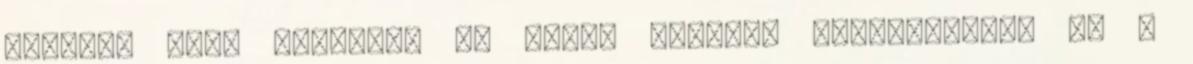
kérhető szín azonosan is felár nélkül. Fekvőfelület 90 x